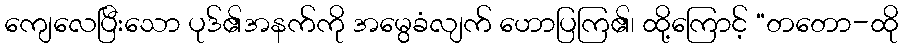
ကျေလေပြီးသော ပုဒ်၏အနက်ကို အမွေခံလျက် ဟောပြကြ၏၊ ထို့ကြောင့် “တတော-ထို